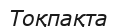
Тоқпақта